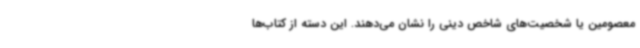
معصومین یا شخصیت‌های شاخص دینی را نشان می‌دهند. این دسته از کتاب‌ها